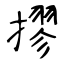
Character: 摎